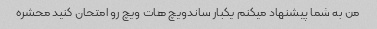
من به شما پیشنهاد میکنم یکبار ساندویچ هات ویچ رو امتحان کنید محشره